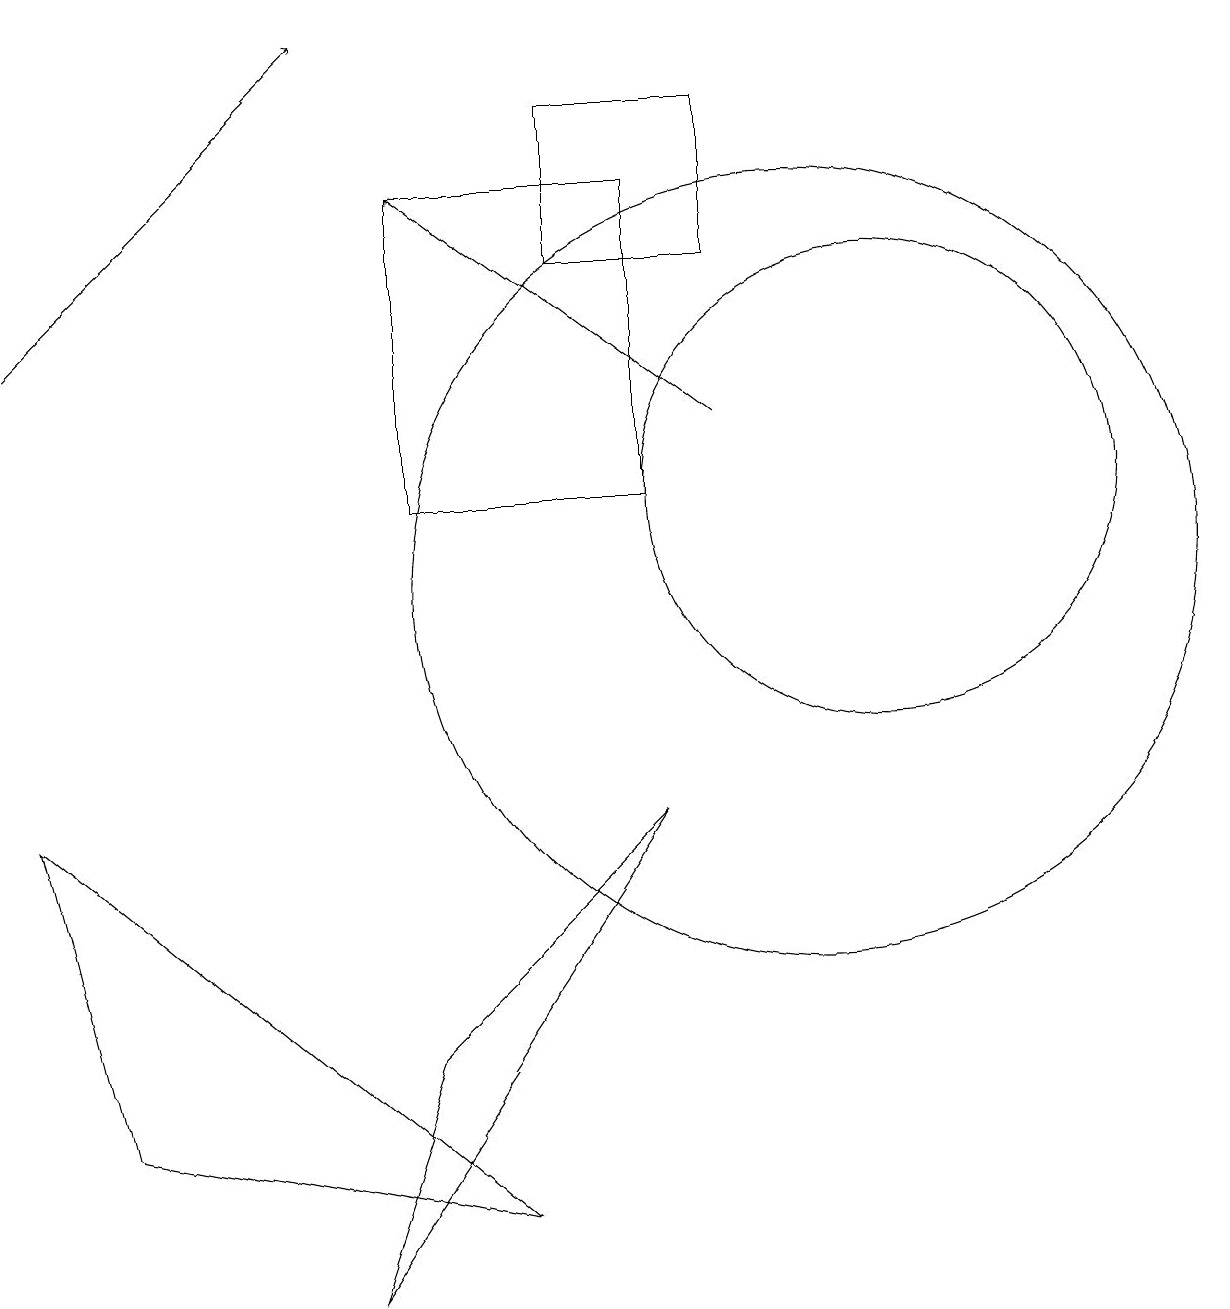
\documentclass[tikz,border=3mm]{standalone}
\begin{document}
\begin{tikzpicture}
\draw[->] (0,14) -- (4,18);
\draw (10,11) circle (5);
\draw (11,12) circle (3);
\draw (5,16) rectangle (8,12);
\draw (9,17) rectangle (7,15);
\draw (0,8) -- (1,4) -- (6,3) -- cycle;
\draw (4,2) -- (5,5) -- (8,8) -- cycle;
\draw[->] (9,13) -- (5,16);
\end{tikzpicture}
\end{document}